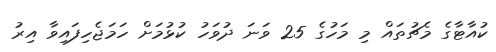
ކުއާޓާގެ މެޗުތައް މި މަހުގެ 25 ވަނަ ދުވަހު ކުޅުމަށް ހަމަޖެހިފައިވާ އިރު